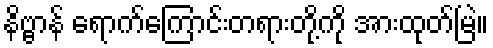
နိဗ္ဗာန် ရောက်ကြောင်းတရားတို့ကို အားထုတ်မြဲ။